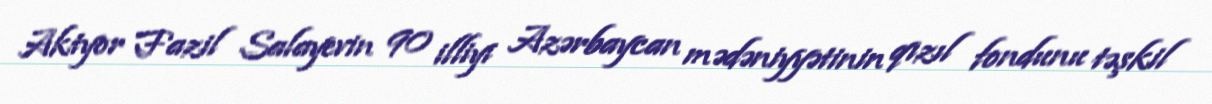
Aktyor Fazil Salayevin 90 illiyi Azərbaycan mədəniyyətinin qızıl fondunu təşkil